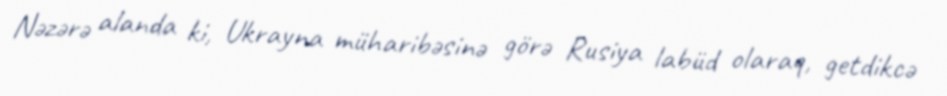
Nəzərə alanda ki, Ukrayna müharibəsinə görə Rusiya labüd olaraq, getdikcə